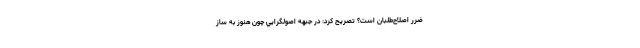
ضرر اصلاح‌طلبان است؟ تصریح کرد: در جبهه اصولگرايي چون هنوز به ساز